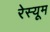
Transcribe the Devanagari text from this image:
रेस्यूम